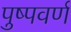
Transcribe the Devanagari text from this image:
पुष्पवर्ण